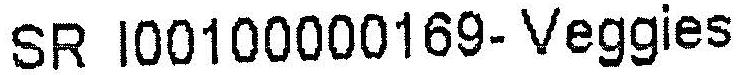
SR I00100000169- VEGGIES